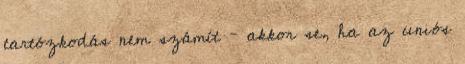
tartózkodás nem számít – akkor se, ha az uniós